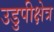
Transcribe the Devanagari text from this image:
उडुपीक्षेत्र